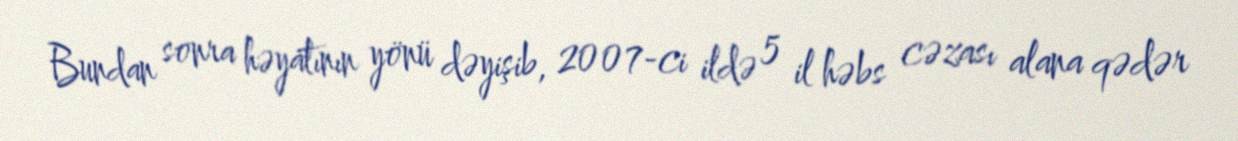
Bundan sonra həyatının yönü dəyişib, 2007-ci ildə 5 il həbs cəzası alana qədər